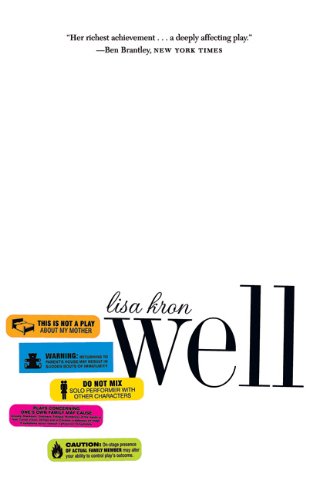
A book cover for Well; Lisa Kron; Literature & Fiction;